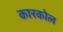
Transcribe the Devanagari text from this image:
कारकोल